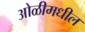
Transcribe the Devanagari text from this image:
ओळीमधील